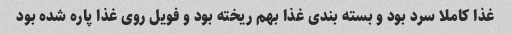
غذا کاملا سرد بود و بسته بندی غذا بهم ریخته بود و فویل روی غذا پاره شده بود